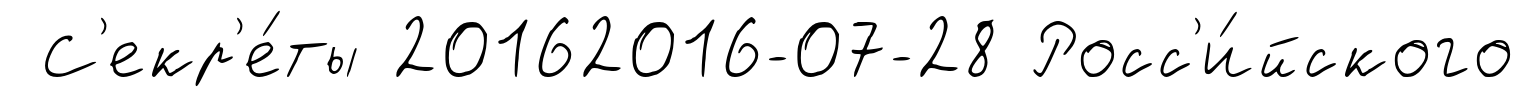
С'екр'е́ты 20162016-07-28 Росс'и́йского